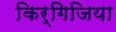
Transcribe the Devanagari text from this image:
किर्गिजिया